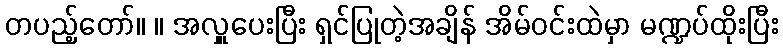
တပည့်တော်။ ။ အလှူပေးပြီး ရှင်ပြုတဲ့အချိန် အိမ်ဝင်းထဲမှာ မဏ္ဍပ်ထိုးပြီး